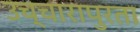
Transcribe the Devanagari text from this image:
उच्चारापुरता